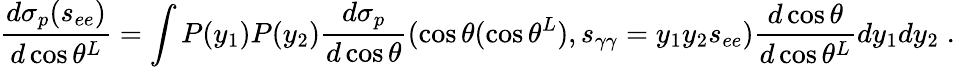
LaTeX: \frac{d\sigma_{p}(s_{ee})}{d\cos\theta^{L}}=\int P(y_{1})P(y_{2})\frac{d\sigma_{p}}{d\cos\theta}(\cos\theta(\cos\theta^{L}),s_{\gamma\gamma}=y_{1}y_{2}s_{ee})\frac{d\cos\theta}{d\cos\theta^{L}}dy_{1}dy_{2}\; .